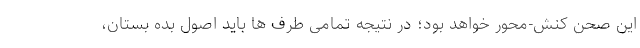
این صحن کنش-محور خواهد بود؛ در نتیجه تمامی طرف ها باید اصول بده بستان،